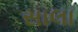
સાલા